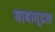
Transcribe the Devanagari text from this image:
बाबाबूदन